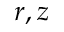
r , z